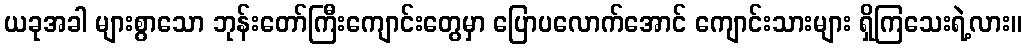
ယခုအခါ များစွာသော ဘုန်းတော်ကြီးကျောင်းတွေမှာ ပြောပလောက်အောင် ကျောင်းသားများ ရှိကြသေးရဲ့လား။